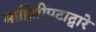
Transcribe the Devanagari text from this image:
माहितीपटाद्वारे